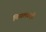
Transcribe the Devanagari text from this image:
चिखलवाही